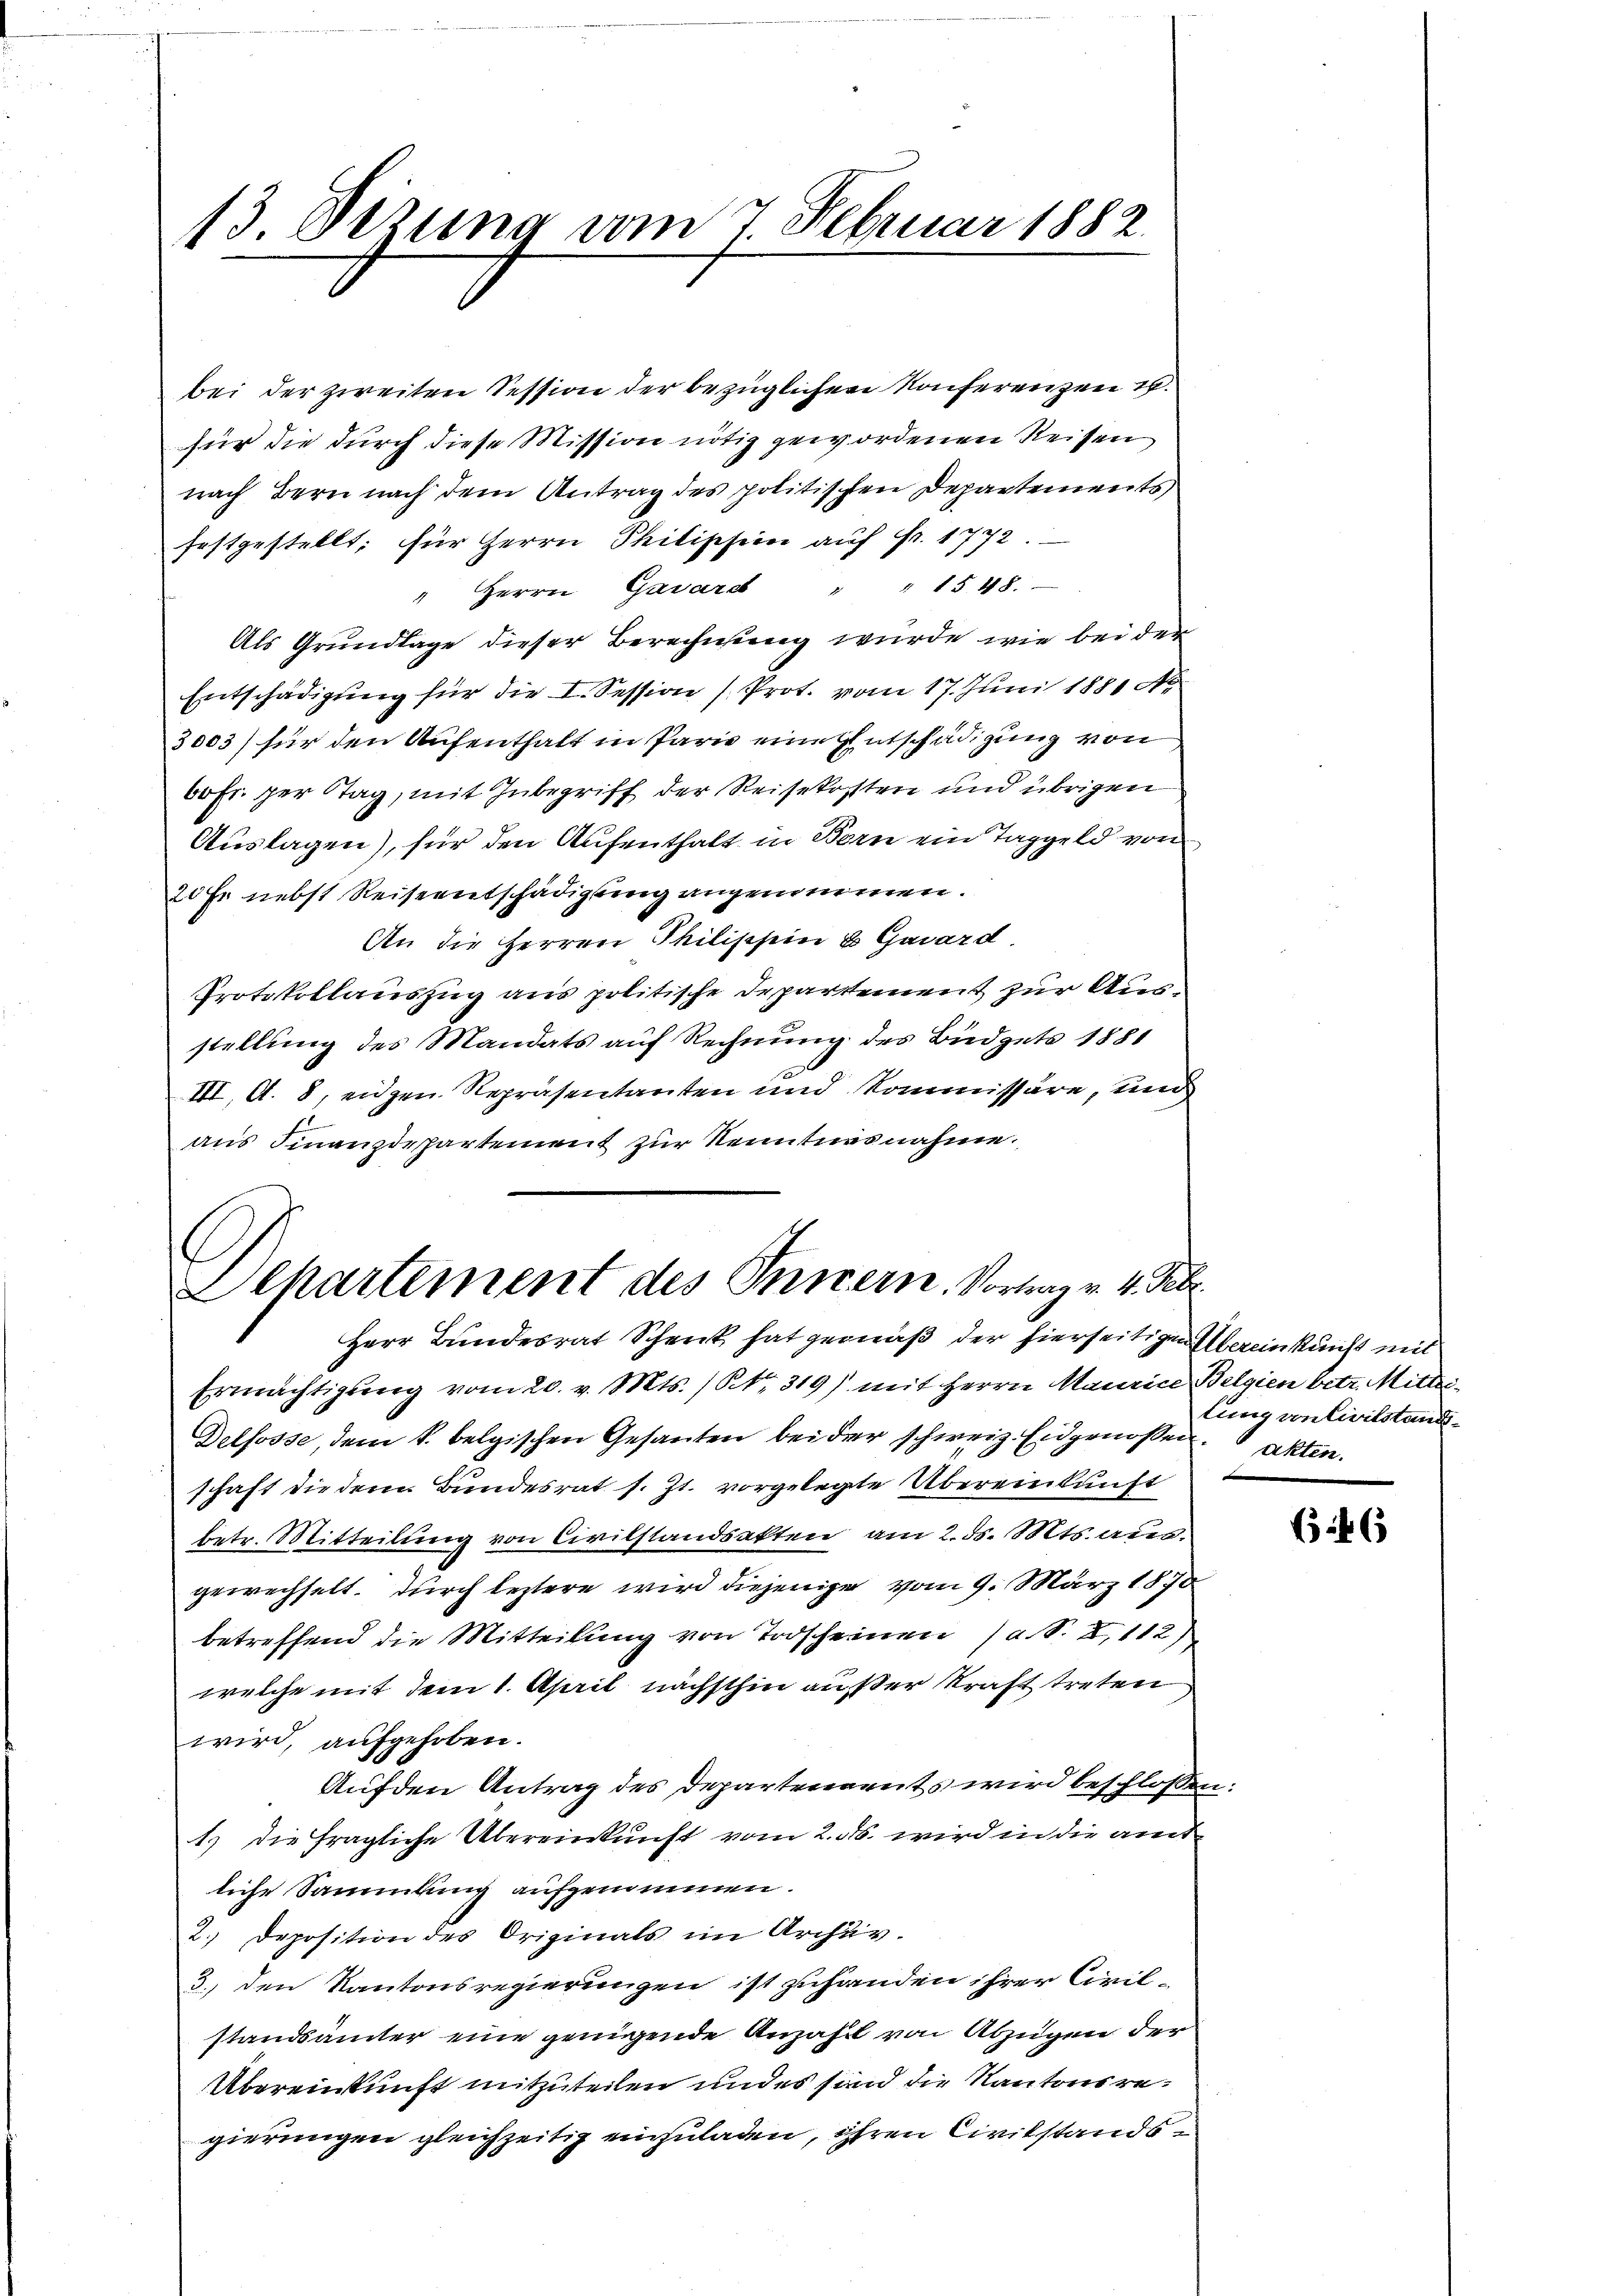
13. Dezung am 7. Februar 1882.

Alkartement des Innern. Vortrag v. 4. Febr.
Herr Bundesrat Schenk hat gemäß der hierseitigen Übereinkunft mit

bei der zweiten Session der bezüglichen Konferenzen u.
für die durch diese Mission nötig gewordenen Reisen
nach Bern nach dem Antrag des politischen Departements
festgestellt; für Herrn Philischein auf Fr. 1772
Herrn Gasard " " 1548.
.
Als Grundlage dieser Berechnung wurde wie bei der
Entschädigung für die I. Session (Prot. vom 17. Juni 1881 No
3003) für den Aufenthalt in Paris eine Entschädigung von
60 Fr. per Stag, mit Inbegriff der Reisekosten und übrigen
Auslagen), für den Aufenthalt in Bern ein Taggeld von
20 Fr. nebst Reiseentschädigung angenommen.
An die Herren Philischein u Gasard
Protokollauszug aus politische Departement zur Ausstellung des Mandats auf Rechnung des Büdgets 1881
III, A. 8, eidgen. Repräsentanten und Kommissäre, und
aus Finanzdepartement zur Kenntursnahme.

Ermächtigung vom 20. v. Mts. / NNo. 319) mit Herrn Maurice, Belgien betr. Mittei¬
Delfosse, dem k. belgischen Gesanten bei der schweiz. Eidgenossen Akten.
schaft die dem Bundesrat s. Zt. vorgelegte Übereinkunft
betr. Mitteilung von Civilstandsakten am 2. ds. Mts. ausgewechselt. Durch leztere wird diejenige vom 9. März 1870
betreffend die Mitteilung von Todscheinen (a. S. I,112)
welche mit dem 1. April nächsthin außer Kraft treten
wird, aufgehoben.
Auf den Antrag des Departenannts wird beschlossen:
1) die fragliche Übereinkunft vom 2. ds. wird in die amt
liche Sammlung aufgenommen.
2.) Deposition des Originals im Archiv.
3., den Kantonsregierungen ist zuhanden ihrer Civilstandsämter eine genügende Anzahl von Abzügen der
Übereinkunft mitzuteilen und es sind die Kantonsregierungen gleichzeitig einzuladen, ihren Civilstands¬

lung an Civilstand¬

46